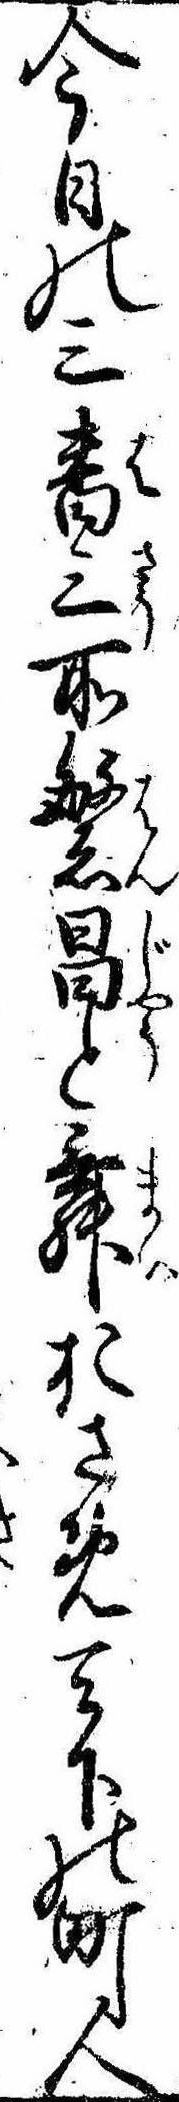
今日の三番三所繁昌と舞おさめ天下の町人